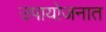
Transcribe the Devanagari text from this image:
उपायोजनात